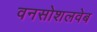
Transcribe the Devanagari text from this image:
वनसोशलवेब